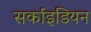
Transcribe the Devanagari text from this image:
सर्काइडियन